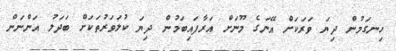
ހިނގަމުން ދިޔަ ވަރަކަށް އޭނަގެ މޫނަށް އަރާފައިބަމުން ދިޔަ ކުލަވަރުތަކަށް ބަދަލު އަންނަން